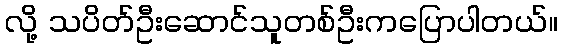
လို့ သပိတ်ဦးဆောင်သူတစ်ဦးကပြောပါတယ်။